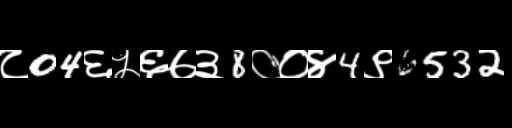
Text: ८04६५६७३8००४4९6532